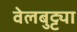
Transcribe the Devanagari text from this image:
वेलबुट्ट्या